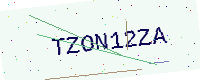
Text: TZON12ZA